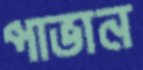
পাভান